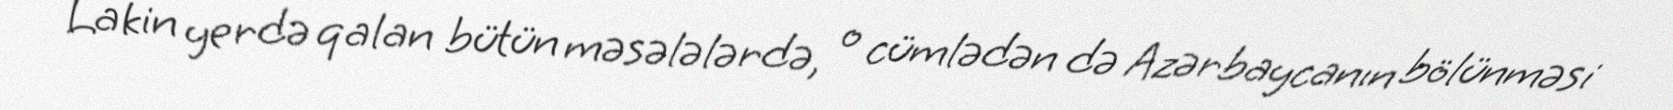
Lakin yerdə qalan bütün məsələlərdə, o cümlədən də Azərbaycanın bölünməsi